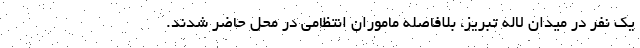
یک نفر در میدان لاله تبریز، بلافاصله ماموران انتظامی در محل حاضر شدند.